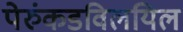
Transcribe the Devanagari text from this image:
पेरुंकडविलयिल